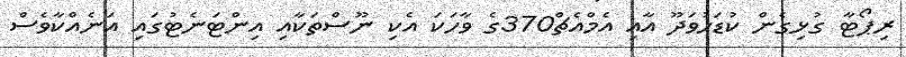
ރިޕޯޓާ ގުޅިގެން ކުޑަހުވަދޫ އާއި އެމްއެޗް370ގެ ވާހަކަ އެކި ނޫސްތަކާއި އިންޓަނެޓުގައި އަނެއްކާވެސް